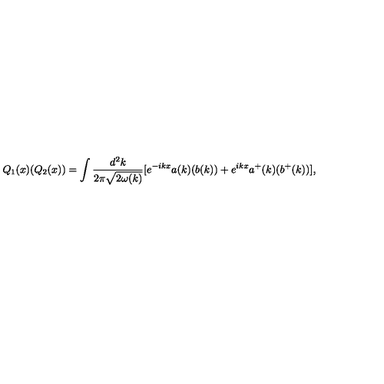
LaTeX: Q _ { 1 } ( x ) ( Q _ { 2 } ( x ) ) = \int { \frac { d ^ { 2 } k } { 2 \pi { \sqrt { 2 \omega ( k ) } } } } [ e ^ { - i k x } a ( k ) ( b ( k ) ) + e ^ { i k x } a ^ { + } ( k ) ( b ^ { + } ( k ) ) ] ,